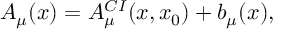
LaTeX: A _ { \mu } ( x ) = A _ { \mu } ^ { C I } ( x , x _ { 0 } ) + b _ { \mu } ( x ) ,